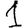
Digit: 1